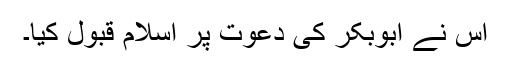
اس نے ابوبکر کی دعوت پر اسلام قبول کیا۔